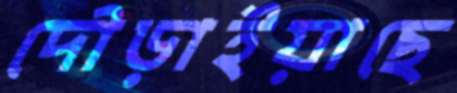
দৌড়াইয়াছে